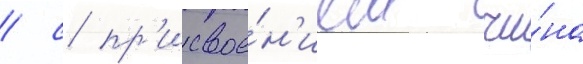
/ с пр'исвое́н'ием чи́на